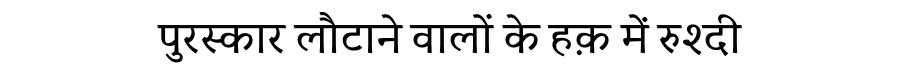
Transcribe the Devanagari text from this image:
पुरस्कार लौटाने वालों के हक़ में रुश्दी